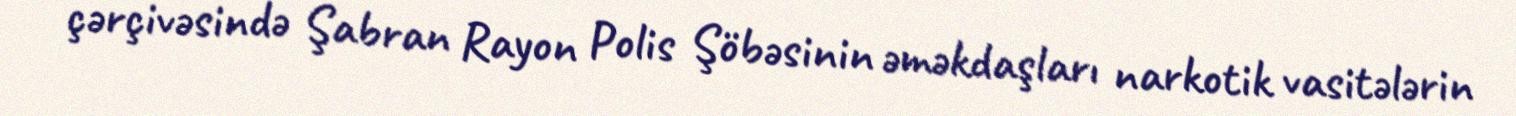
çərçivəsində Şabran Rayon Polis Şöbəsinin əməkdaşları narkotik vasitələrin